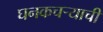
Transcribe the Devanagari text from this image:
घनकचर्‍याची